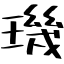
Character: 璣